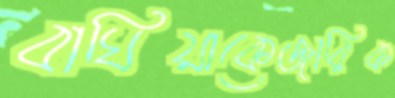
বাঘিয়াকেজারিক